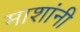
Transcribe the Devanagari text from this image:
माशांनी